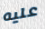
عليه